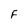
Character: F